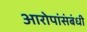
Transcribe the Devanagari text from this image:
आरोपांसंबंधी